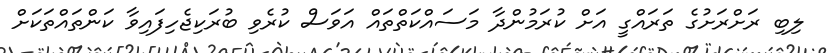
ލިބި ރަށްރަށުގެ ތަރައްގީ އަށް ކުރަމުންދާ މަސައްކަތްތައް އަވަސް ކުރެވި ބުރަކިޖެހިފައިވާ ކަންތައްތަކަށް